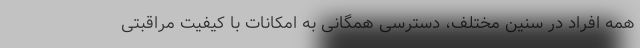
همه افراد در سنین مختلف، دسترسی همگانی به امکانات با کیفیت مراقبتی